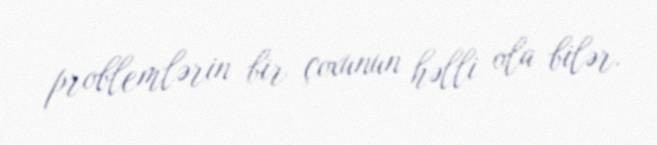
problemlərin bir çoxunun həlli ola bilər.